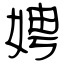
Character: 娉